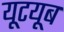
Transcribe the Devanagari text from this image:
यूटयूब